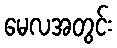
မေလအတွင်း